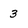
Character: 3